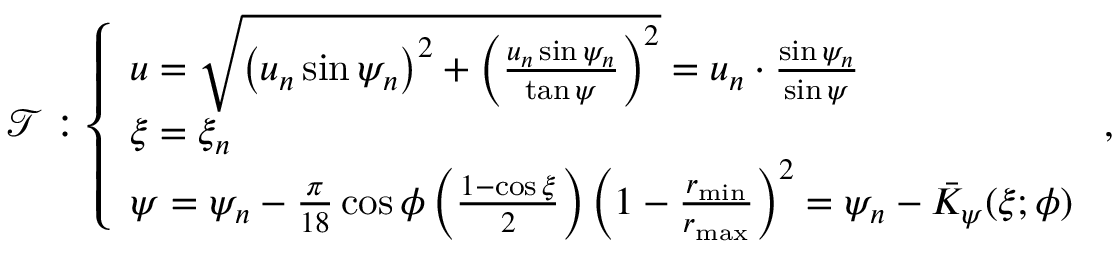
\mathcal { T } : \left\{ \begin{array} { l l } { u = \sqrt { \left( u _ { n } \sin \psi _ { n } \right) ^ { 2 } + \left( \frac { u _ { n } \sin \psi _ { n } } { \tan \psi } \right) ^ { 2 } } = u _ { n } \cdot \frac { \sin \psi _ { n } } { \sin \psi } } \\ { \xi = \xi _ { n } } \\ { \psi = \psi _ { n } - \frac { \pi } { 1 8 } \cos \phi \left( \frac { 1 - \cos \xi } { 2 } \right) \left( 1 - \frac { r _ { \mathrm { m i n } } } { r _ { \mathrm { m a x } } } \right) ^ { 2 } = \psi _ { n } - \bar { K } _ { \psi } ( \xi ; \phi ) } \end{array} \right. \mathrm { , }